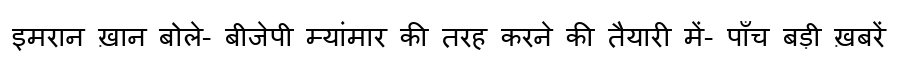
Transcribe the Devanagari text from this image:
इमरान ख़ान बोले- बीजेपी म्यांमार की तरह करने की तैयारी में- पाँच बड़ी ख़बरें